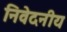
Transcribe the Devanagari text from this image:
निवेदनीय